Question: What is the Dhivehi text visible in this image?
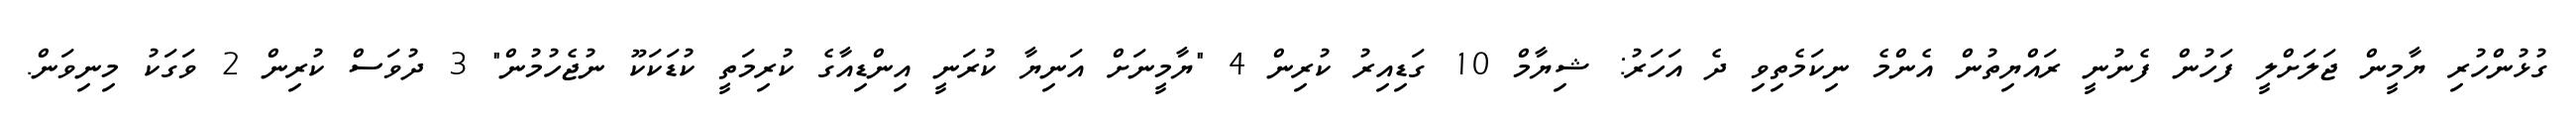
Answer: ގުޅުންހުރި ޔާމީން ޖަލަށްލީ ފަހުން ފެނުނީ ރައްޔިތުން އެންމެ ނިކަމެތިވި ދެ އަހަރު: ޝިޔާމް 10 ގަޑިއިރު ކުރިން 4 "ޔާމީނަށް އަނިޔާ ކުރަނީ އިންޑިއާގެ ކުރިމަތީ ކުޑަކަކޫ ނުޖެހުމުން" 3 ދުވަސް ކުރިން 2 ވަގަކު މިނިވަން.